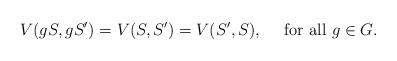
LaTeX: \begin{align*}V(gS,gS')=V(S,S')=V(S',S),~~~~{\rm for~all}~g\in G.\end{align*}